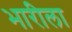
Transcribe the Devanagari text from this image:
भारीला